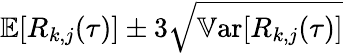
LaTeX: \mathbb{E}[R_{k,j}(\tau)]\pm 3\sqrt{\mathbb{V}\textrm{ar}[R_{k,j}(\tau)]}